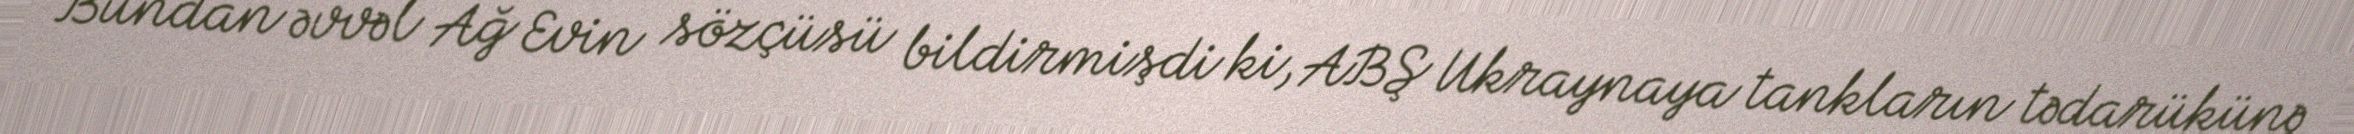
Bundan əvvəl Ağ Evin sözçüsü bildirmişdi ki, ABŞ Ukraynaya tankların tədarükünə